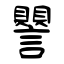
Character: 譻